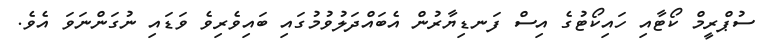
ސުޕްރީމް ކޯޓާއި ހައިކޯޓުގެ އިސް ފަނޑިޔާރުން އެބައްދަލުވުމުގައި ބައިވެރިވެ ވަޑައި ނުގަންނަވަ އެވެ.